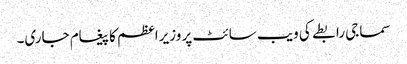
سماجی رابطے کی ویب سائٹ پر وزیراعظم کا پیغام جاری۔